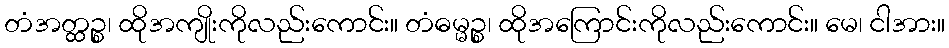
တံအတ္ထဉ္စ၊ ထိုအကျိုးကိုလည်းကောင်း။ တံဓမ္မဉ္စ၊ ထိုအကြောင်းကိုလည်းကောင်း။ မေ၊ ငါအား။